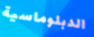
الدبلوماسية